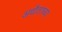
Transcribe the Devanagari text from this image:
अद्यैताच्या